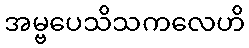
အမ္ဗပေသိသကလေဟိ